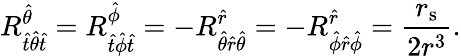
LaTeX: R^{\hat{\theta}}_{{\hat{t}}{\hat{\theta}}{\hat{t}}}=R^{\hat{\phi}}_{{\hat{t}}{\hat{\phi}}{\hat{t}}}=-R^{\hat{r}}_{{\hat{\theta}}{\hat{r}}{\hat{\theta}}}=-R^{\hat{r}}_{{\hat{\phi}}{\hat{r}}{\hat{\phi}}}={\frac{r_{\mathrm{s}}}{2r^{3}}}.